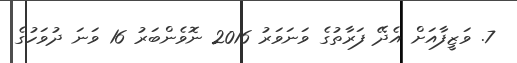
7. ވަޒީފާއަށް އެދޭ ފަރާތުގެ ވަނަވަރު 2016 ނޮވެންބަރު 16 ވަނަ ދުވަހުގެ